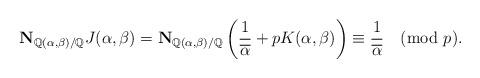
LaTeX: \begin{align*} \textbf{N}_{\mathbb{Q}(\alpha, \beta) / \mathbb{Q}} J(\alpha, \beta) = \textbf{N}_{\mathbb{Q}(\alpha, \beta) / \mathbb{Q}} \left(\frac{1}{\overline{\alpha}} + p K(\alpha, \beta)\right) \equiv \frac{1}{\overline{\alpha}} \pmod{p}.\end{align*}